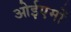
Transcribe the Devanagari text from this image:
ओईएमों